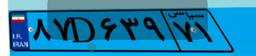
۳۵D۲۴۰۵۱